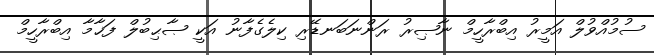
ސުމުއްވުލް އަމީރު އިބްރާހީމް ނާޞިރު ރަންނަބަނޑޭރި ކިލެގެފާނު އަކީ ޞާޙިބުލް ފަޚާމާ އިބްރާހީމް